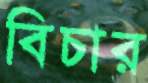
বিচার